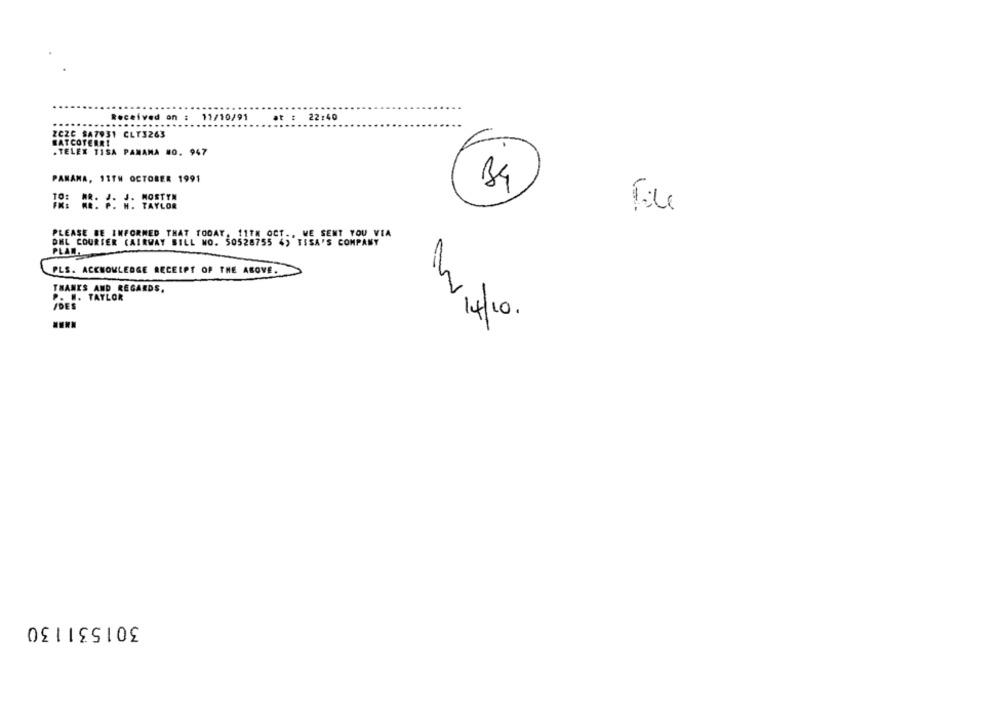
Received on : 11/10/91
at : 22:40
.....
ZCZC SA7931 CLT3263
EATCOTERRI
.TELEX TISA PANAMA #0. 947
PANAMA, 11TH OCTOBER 1991
B4
IRISH : TAYLOR
PLEASE BE INFORMED THAT TODAY. 11TH OCT ., WE SENT YOU VIA
DHL COURTER (AIRWAY SILL NO. 50528755 4) TSSA'S COMPANY
PLAN.
PLS. ACKNOWLEDGE RECEIPT OF THE ABOVE.
THANKS AND REGARDS.
P. M. TAYLOR
/DES
14/10.
301531130